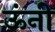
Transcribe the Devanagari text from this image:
ऊंनी